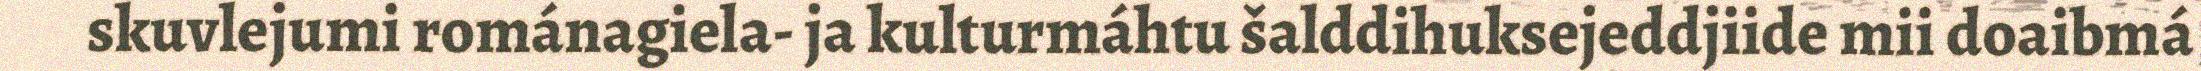
skuvlejumi románagiela- ja kulturmáhtu šalddihuksejeddjiide mii doaibmá